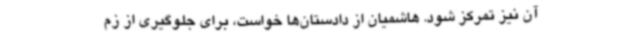
آن نیز تمرکز شود. هاشمیان از دادستان‌ها خواست، برای جلوگیری از زم